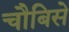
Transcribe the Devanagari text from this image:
चौबिसे